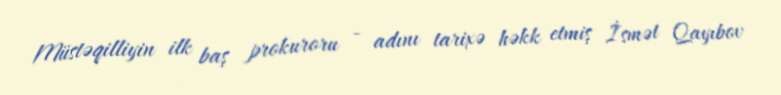
Müstəqilliyin ilk baş prokuroru - adını tarixə həkk etmiş İsmət Qayıbov